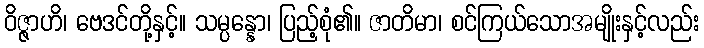
ဝိဇ္ဇာဟိ၊ ဗေဒင်တို့နှင့်။ သမ္ပန္နော၊ ပြည့်စုံ၏။ ဇာတိမာ၊ စင်ကြယ်သောအမျိုးနှင့်လည်း